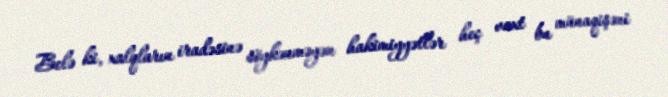
Belə ki, xalqların iradəsinə söykənməyən hakimiyyətlər heç vaxt bu münaqişəni